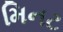
મિનટ